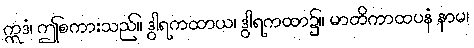
ဣဒံ၊ ဤစကားသည်။ ဒွါရကထာယ၊ ဒွါရကထာ၌။ မာတိကာထပနံ နာမ၊